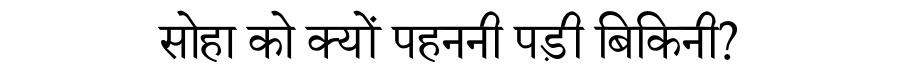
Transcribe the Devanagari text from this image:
सोहा को क्यों पहननी पड़ी बिकिनी?